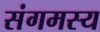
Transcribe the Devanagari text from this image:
संगमस्य